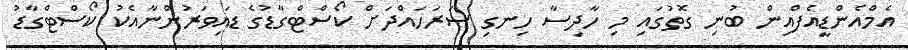
އެމްއެންޑީއެފްއިން ބުނި ގޮތުގައި މި ހާދިސާ ހިނގި ސަރަހައްދަށް ކޯސްޓްގާޑުގެ ޑައިވަރުންނާއެކު ކޯސްޓްގާޑު